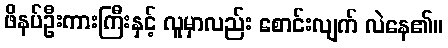
ဖိနပ်ဦးကားကြီးနှင့် လူမှာလည်း စောင်းလျက် လဲနေ၏။